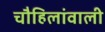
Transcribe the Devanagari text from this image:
चौहिलांवाली